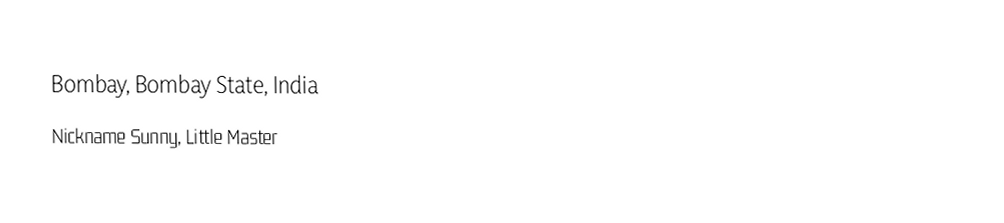
Bombay, Bombay State, India
Nickname	Sunny, Little Master